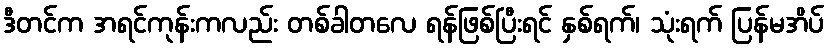
ဒီတင်က အရင်ကုန်းကလည်း တစ်ခါတလေ ရန်ဖြစ်ပြီးရင် နှစ်ရက်၊ သုံးရက် ပြန်မအိပ်